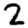
Digit: 2